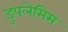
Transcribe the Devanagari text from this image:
डुपलेसिस